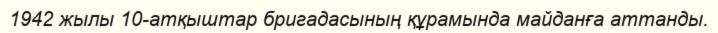
1942 жылы 10-атқыштар бригадасының құрамында майданға аттанды.